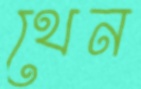
থেন